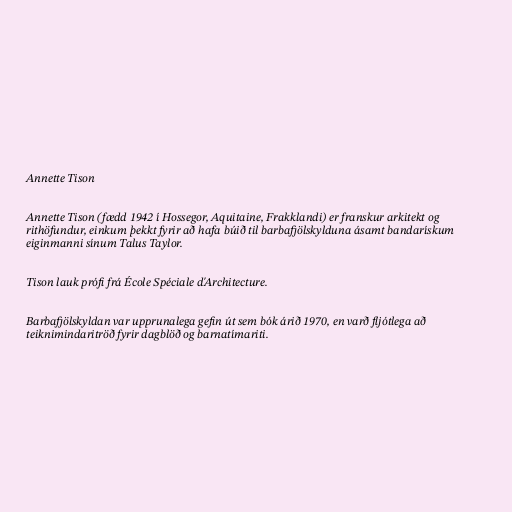
Annette Tison

Annette Tison (fædd 1942 í Hossegor, Aquitaine, Frakklandi) er franskur arkitekt og
rithöfundur, einkum þekkt fyrir að hafa búið til barbafjölskylduna ásamt bandarískum
eiginmanni sínum Talus Taylor.

Tison lauk prófi frá École Spéciale d'Architecture.

Barbafjölskyldan var upprunalega gefin út sem bók árið 1970, en varð fljótlega að
teiknimindaritröð fyrir dagblöð og barnatímariti.